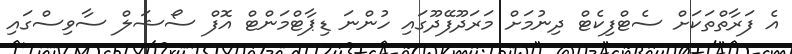
އެ ފަރާތްތަކަށް ސެޓްފިކެޓް ދިނުމަށް މަރަދޫފޭދޫގައި ހުންނަ ޑިޕާޓްމަންޓް އޮފް ސޯޝަލް ސާވިސްގައި